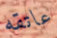
عاتقه